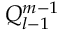
Q _ { l - 1 } ^ { m - 1 }